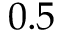
0 . 5